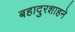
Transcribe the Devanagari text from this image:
बहादुरशाहने